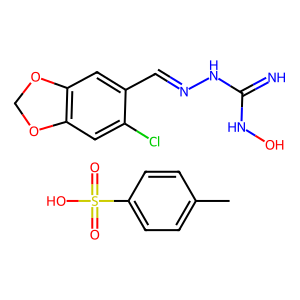
SMILES: Cc1ccc(S(=O)(=O)O)cc1.N=C(NO)NN=Cc1cc2c(cc1Cl)OCO2
Inhibits HIV replication: No